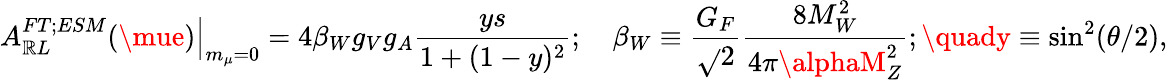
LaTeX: \left.A_{\mathbb{R}L}^{FT;ESM}(\mue)\right\vert_{m_{\mu}=0}=4\beta_{W}g_{V}g_{A}\frac{{ys}}{{1+(1-y)^{2}}};\quad\beta_{W}\equiv\frac{{G_{F}}}{{\sqrt{}{{2}}}}\frac{{8M_{W}^{2}}}{{4\pi\alphaM_{Z}^{2}}};\quady\equiv\sin^{2}(\theta/2),